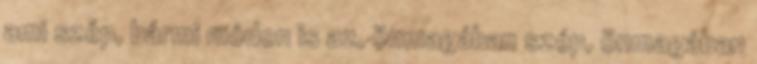
ami szép, bármi módon is az, önmagában szép, önmagában